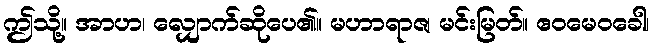
ဤသို့။ အာဟ၊ လျှောက်ဆိုပေ၏။ မဟာရာဇ၊ မင်းမြတ်။ ဧဝမေဝခေါ၊